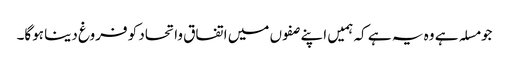
جو مسلہ ہے وہ یہ ہے کہ ہمیں اپنے صفوں میں اتفاق واتحاد کو فروغ دینا ہوگا۔